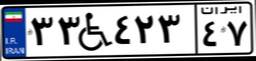
۳۳W۴۲۳۴۷